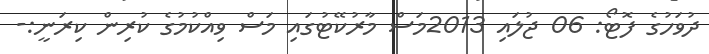
ދުވަހުގެ ފޮޓޯ: 06 ޖުލައި 2013މަސް މާރުކޭޓުގައި މަސް ވިއްކުމުގެ ކުރިން ކިރަނީ:-